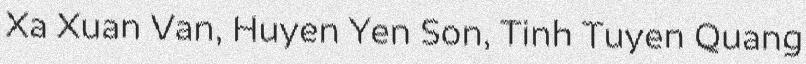
Xa Xuan Van, Huyen Yen Son, Tinh Tuyen Quang